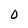
Character: 0